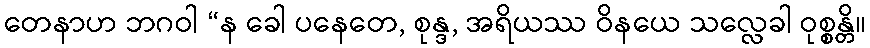
တေနာဟ ဘဂဝါ “န ခေါ ပနေတေ, စုန္ဒ, အရိယဿ ဝိနယေ သလ္လေခါ ဝုစ္စန္တိ။